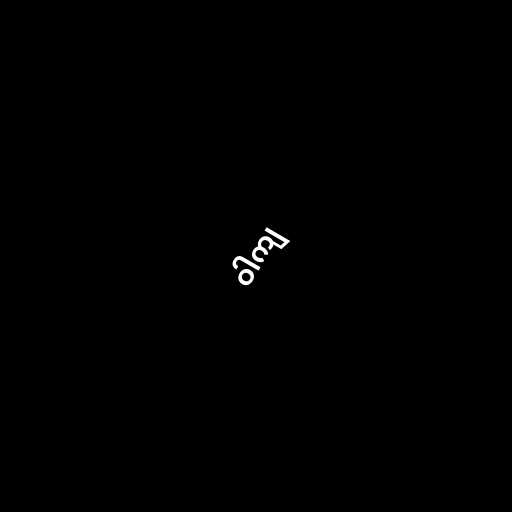
ဝါကျ